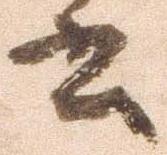
書